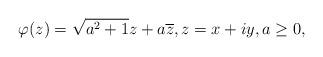
LaTeX: \begin{align*}\varphi(z)= \sqrt{a^2+1}z+a \overline{z}, z=x+iy, a\geq 0,\end{align*}